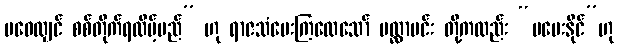
မဝေလျှင် စစ်တိုက်ရလိမ့်မည်” ဟု ရာဇသံပေးကြလေသော် မလ္လာမင်း တို့ကလည်း “မပေးနိုင်”ဟု